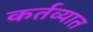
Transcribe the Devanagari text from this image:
कर्तव्यात